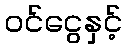
ဝင်ငွေနှင့်